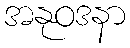
အနုဝဒနာ